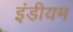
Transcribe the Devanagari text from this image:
इंडीयम